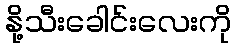
နို့သီးခေါင်းလေးကို